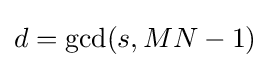
d=\gcd(s,MN-1)